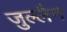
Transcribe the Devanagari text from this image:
जुल्लैन